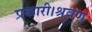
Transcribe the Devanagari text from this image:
प्रकारी।श्रवण